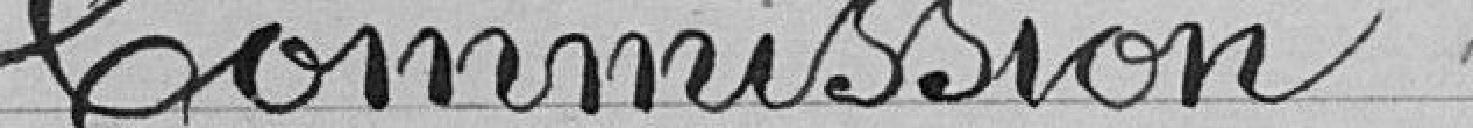
Commission